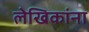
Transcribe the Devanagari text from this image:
लेखिकांना